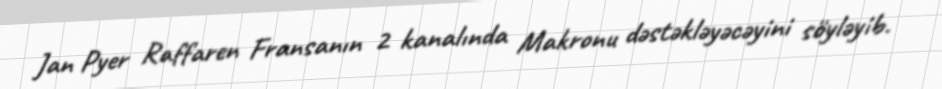
Jan Pyer Raffaren Fransanın 2 kanalında Makronu dəstəkləyəcəyini söyləyib.